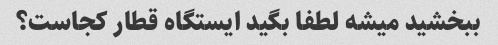
ببخشید میشه لطفا بگید ایستگاه قطار کجاست؟